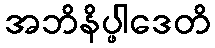
အဘိနိပ္ဖါဒေတိ